Indian journal of veterinary science and animal husbandry - Volume 9,
Year: 1939
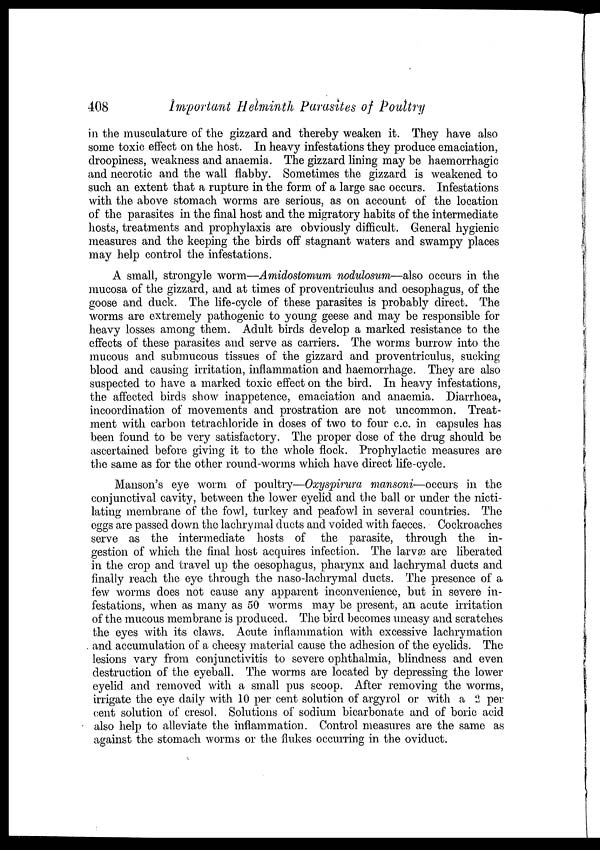
408
Important Helminth Parasites of Poultry
in the musculature of the gizzard and thereby weaken it. They have also
some toxic effect on the host. In heavy infestations they produce emaciation,
droopiness, weakness and anaemia. The gizzard lining may be haemorrhagic
and necrotic and the wall flabby. Sometimes the gizzard is weakened to
such an extent that a rupture in the form of a large sac occurs. Infestations
with the above stomach worms are serious, as on account of the location
of the parasites in the final host and the migratory habits of the intermediate
hosts, treatments and prophylaxis are obviously difficult. General hygienic
measures and the keeping the birds off stagnant waters and swampy places
may help control the infestations.
A small, strongyle worm—Amidostomum nodulosum—also occurs in the
mucosa of the gizzard, and at times of proventriculus and oesophagus, of the
goose and duck. The life-cycle of these parasites is probably direct. The
worms are extremely pathogenic to young geese and may be responsible for
heavy losses among them. Adult birds develop a marked resistance to the
effects of these parasites and serve as carriers. The worms burrow into the
mucous and submucous tissues of the gizzard and proventriculus, sucking
blood and causing irritation, inflammation and haemorrhage. They are also
suspected to have a marked toxic effect on the bird. In heavy infestations,
the affected birds show inappetence, emaciation and anaemia. Diarrhoea,
incoordination of movements and prostration are not uncommon. Treat-
ment with carbon tetrachloride in doses of two to four c.c. in capsules has
been found to be very satisfactory. The proper dose of the drug should be
ascertained before giving it to the whole flock. Prophylactic measures are
the same as for the other round-worms which have direct life-cycle.
Manson's eye worm of poultry—Oxyspirura mansoni—occurs in the
conjunctival cavity, between the lower eyelid and the ball or under the nicti-
-ating membrane of the fowl, turkey and peafowl in several countries. The
eggs are passed down the lachrymal ducts and voided with faeces. Cockroaches
serve as the intermediate hosts of the parasite, through the in-
gestion of which the final host acquires infection. The larvæ are liberated
in the crop and travel up the oesophagus, pharynx and lachrymal ducts and
finally reach the eye through the naso-lachrymal ducts. The presence of a
few worms does not cause any apparent inconvenience, but in severe in-
festations, when as many as 50 worms may be present, an acute irritation
of the mucous membrane is produced. The bird becomes uneasy and scratches
the eyes with its claws. Acute inflammation with excessive lachrymation
and accumulation of a cheesy material cause the adhesion of the eyelids. The
lesions vary from conjunctivitis to severe ophthalmia, blindness and even
destruction of the eyeball. The worms are located by depressing the lower
eyelid and removed with a small pus scoop. After removing the worms,
irrigate the eye daily with 10 per cent solution of argyrol or with a 2 per
cent solution of cresol. Solutions of sodium bicarbonate and of boric acid
also help to alleviate the inflammation. Control measures are the same as
against the stomach worms or the flukes occurring in the oviduct.